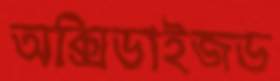
অক্সিডাইজড